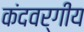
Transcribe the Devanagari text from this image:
कंदवर्गीय